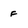
Character: F